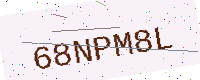
Text: 68NPM8L